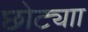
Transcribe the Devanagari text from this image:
छोट्याा